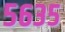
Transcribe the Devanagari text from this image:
५६३५